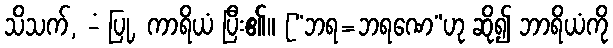
သိသက်, -ံ ပြု, ကာရိယံ ပြီး၏။ [“ဘရ=ဘရဏေ”ဟု ဆို၍ ဘာရိယံကို